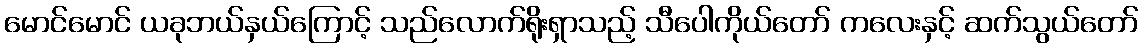
မောင်မောင် ယခုဘယ်နှယ်ကြောင့် သည်လောက်ရိုးရှာသည့် သီပေါကိုယ်တော် ကလေးနှင့် ဆက်သွယ်တော်